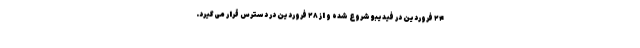
۲۴ فروردین در فیدیبو شروع شده و از ۲۸ فروردین در دسترس قرار می‌گیرد.